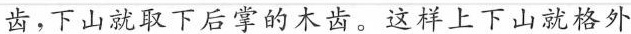
齿，下山就取下后掌的木齿。这样上下山就格外